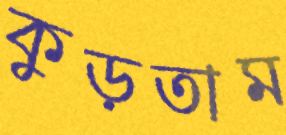
কুড়তাম